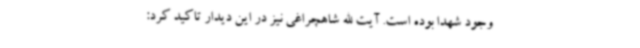
وجود شهدا بوده است. آیت الله شاهچراغی نیز در این دیدار تاکید کرد: